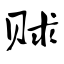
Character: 赇